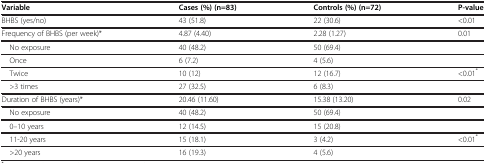
<table><thead><tr><td><b>Variable</b></td><td><b>Cases (%) (n=83)</b></td><td><b>Controls (%) (n=72)</b></td><td><b>P-value</b></td></tr></thead><tbody><tr><td>BHBS (yes/no)</td><td>43 (51.8)</td><td>22 (30.6)</td><td>&lt;0.01</td></tr><tr><td>Frequency of BHBS (per week)*</td><td>4.87 (4.40)</td><td>2.28 (1.27)</td><td>0.01</td></tr><tr><td> No exposure</td><td>40 (48.2)</td><td>50 (69.4)</td><td> </td></tr><tr><td> Once</td><td>6 (7.2)</td><td>4 (5.6)</td><td> </td></tr><tr><td> Twice</td><td>10 (12)</td><td>12 (16.7)</td><td>&lt;0.01<sup>*</sup></td></tr><tr><td> &gt;3 times</td><td>27 (32.5)</td><td>6 (8.3)</td><td> </td></tr><tr><td>Duration of BHBS (years)*</td><td>20.46 (11.60)</td><td>15.38 (13.20)</td><td>0.02</td></tr><tr><td> No exposure</td><td>40 (48.2)</td><td>50 (69.4)</td><td> </td></tr><tr><td> 0–10 years</td><td>12 (14.5)</td><td>15 (20.8)</td><td> </td></tr><tr><td> 11-20 years</td><td>15 (18.1)</td><td>3 (4.2)</td><td>&lt;0.01<sup>*</sup></td></tr><tr><td> &gt;20 years</td><td>16 (19.3)</td><td>4 (5.6)</td><td> </td></tr></tbody></table>